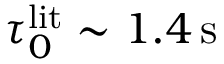
\tau _ { 0 } ^ { \mathrm { l i t } } \sim 1 . 4 \, \mathrm { s }